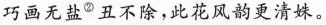
巧画无盐丑不除，此花风韵更清姝。